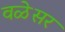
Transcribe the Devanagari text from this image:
वळेसर